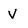
Character: V